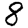
Digit: 8